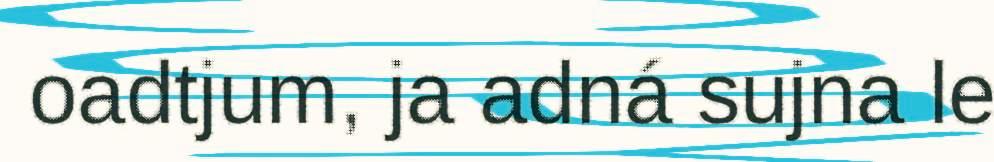
oadtjum, ja adná sujna le